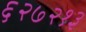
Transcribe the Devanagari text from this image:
६२७२१३